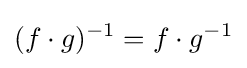
(f\cdot g)^{-1}=f\cdot g^{-1}